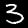
Label: 3